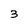
Character: 3